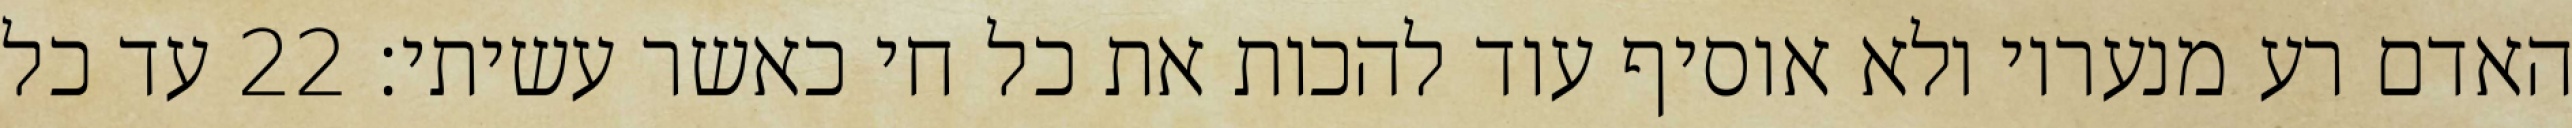
האדם רע מנעריו ולא אוסיף עוד להכות את כל חי כאשר עשיתי׃ ‎22‏ עד כל